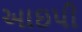
આઇપી